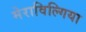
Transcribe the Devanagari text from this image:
मेराविल्गिया